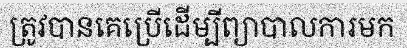
ត្រូវបានគេប្រើដើម្បីព្យាបាលការមក